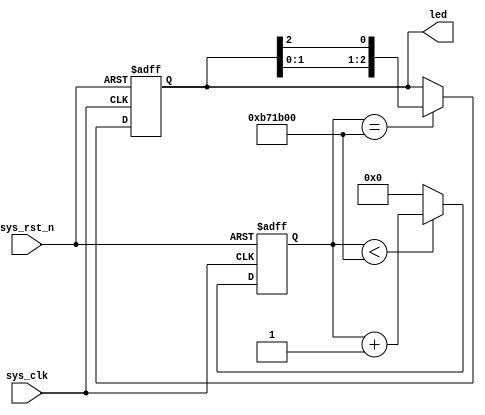
// Example from http://tangnano.sipeed.com/en/examples/1_led.html
// 16/03/2021

module led (
    input sys_clk, // clk input
    input sys_rst_n, // reset input
    output reg [2:0] led // 110 G, 101 R, 011 B
);

reg [23:0] counter;

always @(posedge sys_clk or negedge sys_rst_n) begin
    if (!sys_rst_n)
        counter <= 24'd0;
    else if (counter < 24'd1200_0000) // 0.5s delay
        counter <= counter + 1;
    else
        counter <= 24'd0;
end

always @(posedge sys_clk or negedge sys_rst_n) begin
    if (!sys_rst_n)
        led <= 3'b100;
    else if (counter == 24'd1200_0000) // 0.5s delay
        led[2:0] <= {led[1:0], led[2]};
    else
        led <= led;
end

endmodule